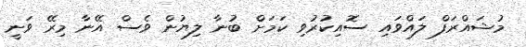
މުޝައްރަފް ލައްވައި ސޮއިކުރުވި ކަމަށް ބުނާ ލިޔުން ވެސް އޭނާ މިރޭ ވަނީ